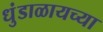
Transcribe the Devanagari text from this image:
धुंडाळायच्या